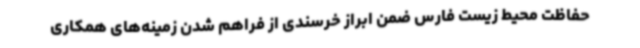
حفاظت محیط زیست فارس ضمن ابراز خرسندی از فراهم شدن زمینه‌های همکاری